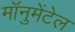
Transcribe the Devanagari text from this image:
मॉनुमेंटेल